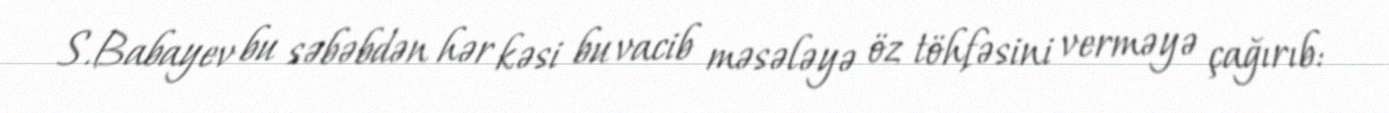
S.Babayev bu səbəbdən hər kəsi bu vacib məsələyə öz töhfəsini verməyə çağırıb: